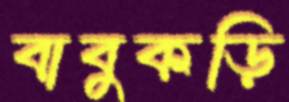
বাবুকড়ি